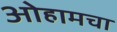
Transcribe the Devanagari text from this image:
ओहामचा